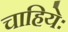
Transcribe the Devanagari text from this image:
चाहियेः